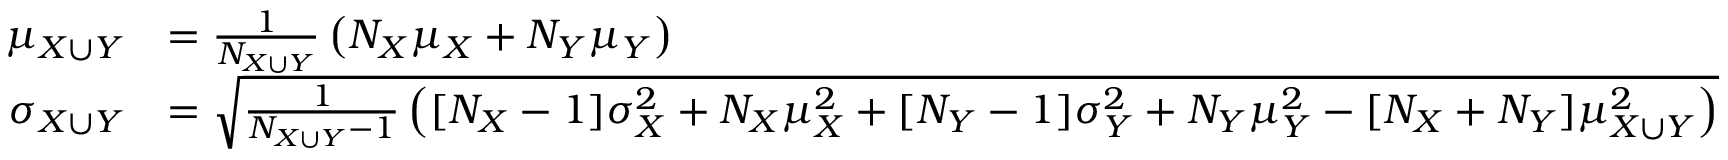
{ \begin{array} { r l } { \mu _ { X \cup Y } } & { = { \frac { 1 } { N _ { X \cup Y } } } \left( N _ { X } \mu _ { X } + N _ { Y } \mu _ { Y } \right) } \\ { \sigma _ { X \cup Y } } & { = { \sqrt { { \frac { 1 } { N _ { X \cup Y } - 1 } } \left( [ N _ { X } - 1 ] \sigma _ { X } ^ { 2 } + N _ { X } \mu _ { X } ^ { 2 } + [ N _ { Y } - 1 ] \sigma _ { Y } ^ { 2 } + N _ { Y } \mu _ { Y } ^ { 2 } - [ N _ { X } + N _ { Y } ] \mu _ { X \cup Y } ^ { 2 } \right) } } } \end{array} }